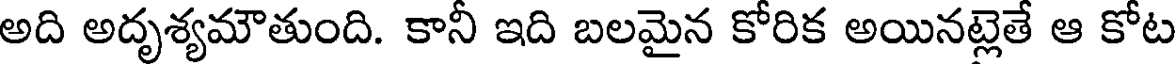
అది అదృశ్యమౌతుంది. కానీ ఇది బలమైన కోరిక అయినట్లెతే ఆ కోట